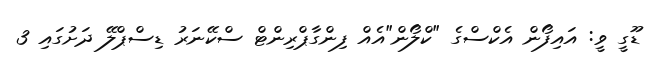
ޑޫގީ ވީ: އައިފޯން އެކްސްގެ "ކްލޯން"އެއް ފިންގާޕްރިންޓް ސްކޭނަރު ޑިސްޕްލޭ ދަށުގައި 3